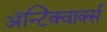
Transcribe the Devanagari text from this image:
ॲन्टिक्वार्क्स